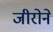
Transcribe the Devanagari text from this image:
जीरोने